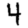
Digit: 4